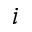
i